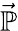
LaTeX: \vec{\mathbb{P}}